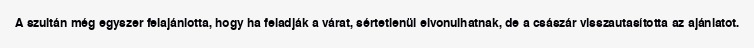
A szultán még egyszer felajánlotta, hogy ha feladják a várat, sértetlenül elvonulhatnak, de a császár visszautasította az ajánlatot.